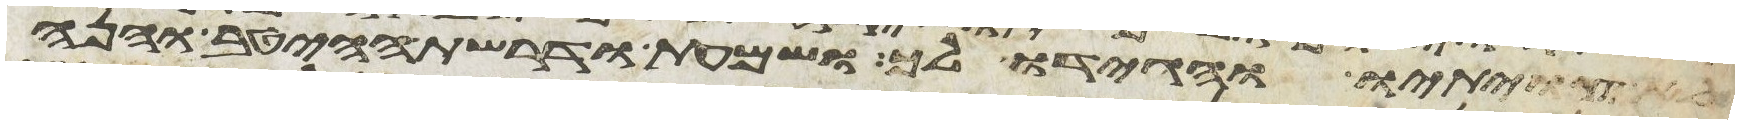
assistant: לא צויתיו והגידו לך ושמעת ודרשת הייטב והנה